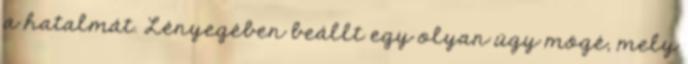
a hatalmát. Lényegében beállt egy olyan ügy mögé, mely